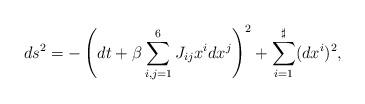
LaTeX: \begin{align*}ds^2 = - \left( dt + \beta \sum_{i,j=1}^6 J_{ij} x^i dx^j \right)^2 + \sum_{i=1}^{\sharp} ( dx^i )^2,\end{align*}